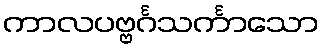
ကာလပဗ္ဗင်္ဂသင်္ကာသော